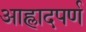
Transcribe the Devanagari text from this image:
आह्लादपर्ण